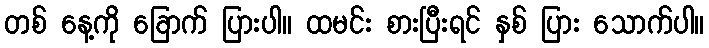
တစ် နေ့ကို ခြောက် ပြားပါ။ ထမင်း စားပြီးရင် နှစ် ပြား သောက်ပါ။